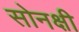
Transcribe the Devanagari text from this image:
सोनक्षी